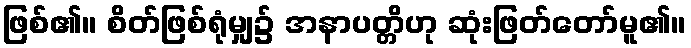
ဖြစ်၏။ စိတ်ဖြစ်ရုံမျှ၌ အနာပတ္တိဟု ဆုံးဖြတ်တော်မူ၏။